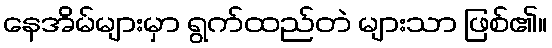
နေအိမ်များမှာ ရွက်ထည်တဲ များသာ ဖြစ်၏။